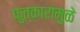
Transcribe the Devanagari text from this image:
फुत्कारांमुळे